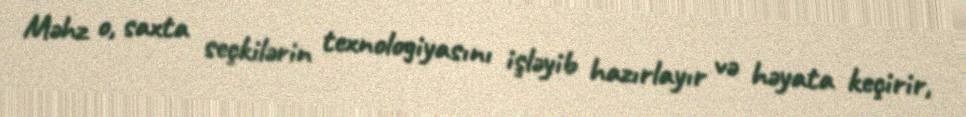
Məhz o, saxta seçkilərin texnologiyasını işləyib hazırlayır və həyata keçirir,